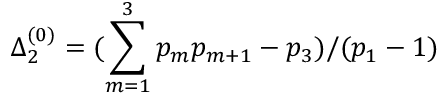
\Delta _ { 2 } ^ { ( 0 ) } = ( \sum _ { m = 1 } ^ { 3 } p _ { m } p _ { m + 1 } - p _ { 3 } ) / ( p _ { 1 } - 1 )